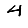
Digit: 4